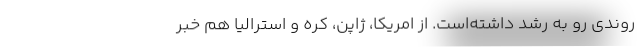
روندی رو به رشد داشته‌است. از امریکا، ژاپن، کره و استرالیا هم خبر